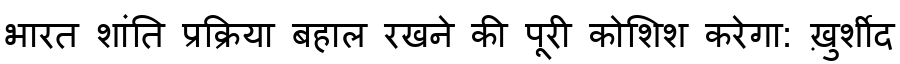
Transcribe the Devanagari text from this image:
भारत शांति प्रक्रिया बहाल रखने की पूरी कोशिश करेगा: ख़ुर्शीद